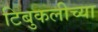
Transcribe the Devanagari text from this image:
टिबुकलीच्‍या